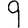
Digit: 9